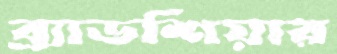
ব্র্যাডশিয়ার